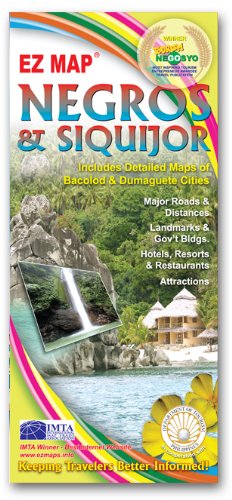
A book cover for Negros & SiquiJor (Philippines); EZ Map; Travel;